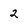
Character: 2